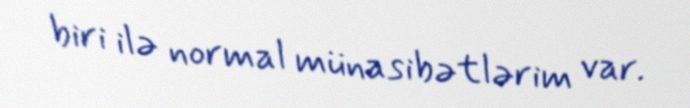
biri ilə normal münasibətlərim var.